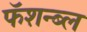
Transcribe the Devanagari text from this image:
फॅशन्ब्ल